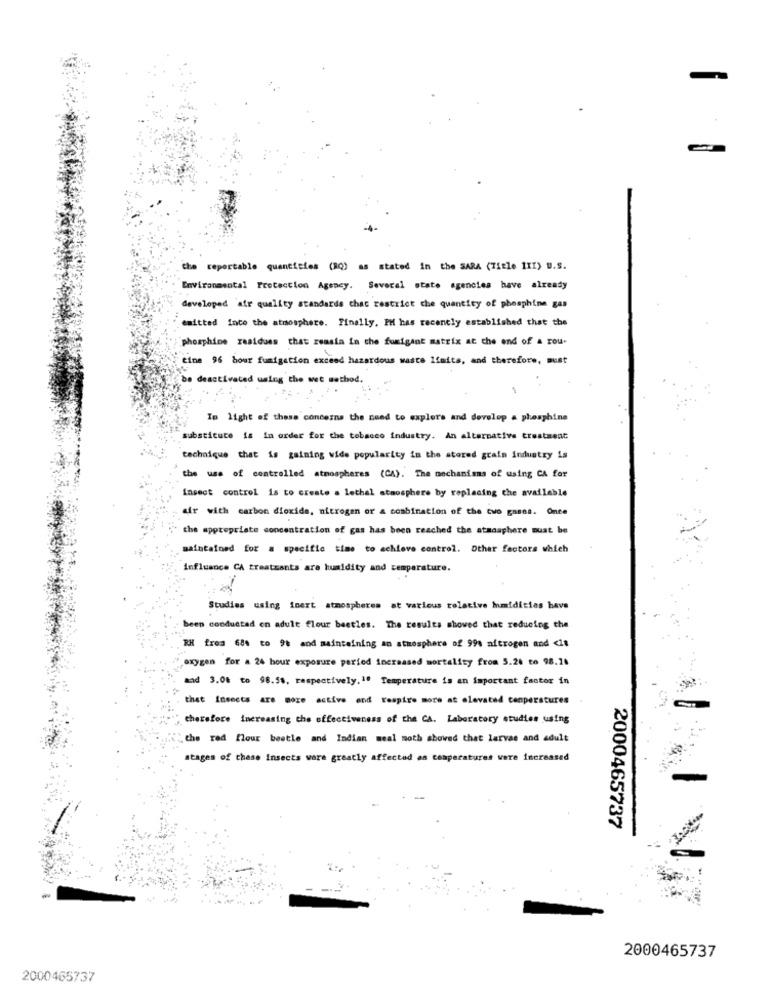
-
the reportable quantities (RQ) as stated in the SARA (Title 1X1) u.S.
Environmental Protection Agency. Several state agencies have already
developed 'air quality standards chac restrict che quantity of phosphine gas
emitted inco the atmosphere. Finally. PH has recently established that the
phosphice residues that reasin in the fumigant matrix at the end of a rou-
cine 96 bour fumigation exceed hazardous waste Ifaits, and therefore, must
be deactivated using the wet method.
In light of these concerns the need to explore and develop a phosphine
substituce is in order for the tobacco industry. An alternative treatment
technique that is gaining wide popularity in the stored grain industry is
the use of controlled atmospheres (CA). The mechanisms of using CA for
Insect control is to create a lethal staosphere by replacing the available
dir with carbon dioxide, nitrogen or a combination of the two gases. Once
the appropriate concentration of gas has been reached the atmosphere must be
maintained for a specific time to achieve control. Other factors which
Influance CA treatments ara humidity and temperature.
Studies using inert atmospheres at various relative Imidities have
been conductad en adult flour beetles. The results showed that reducing the
BH from 68% to 9t and maintaining an atmosphere of 99% aftrogen and <it
oxygen for a 24 hour exposure period increased mortality from 5.26 to 98.16
and 3.0% to 98.5%, respectively.1º Temperature is an important factor in
that Insects are more active and respire more at elevated temperatures
therefore increasing the effectiveness of the CA. Laboratory studies using
the red flour beetle and Indian meal moth showed that larvae and adult
stages of these insects ware greatly affected as temperatures were increased
2000465737
2000465737
2000465737